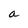
Character: a